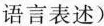
语言表述）